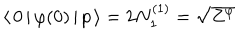
LaTeX: \langle \, 0 \, | \, \varphi ( 0 ) \, | \, p \, \rangle = 2 N _ { 1 } ^ { ( 1 ) } = \sqrt { Z ^ { \varphi } }